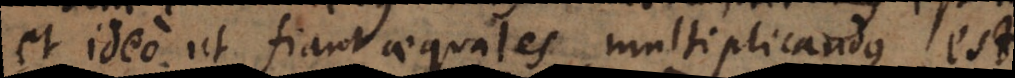
et ideo ut fiant aequales multiplicandus est